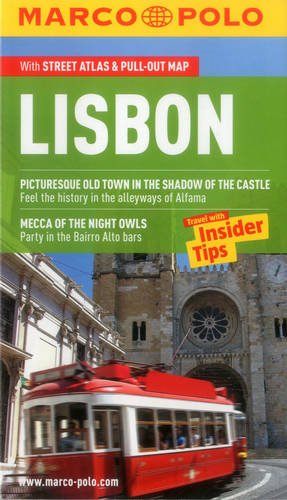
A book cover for Lisbon Marco Polo Guide (Marco Polo Guides); Marco Polo Travel; Travel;